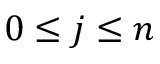
0 \leq j \leq n